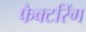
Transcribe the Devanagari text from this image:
फैक्टरिंग